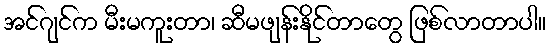
အင်ဂျင်က မီးမကူးတာ၊ ဆီမဖျန်းနိုင်တာတွေ ဖြစ်လာတာပါ။